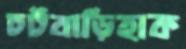
চটবাড়িহাক